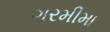
ગરમીમા